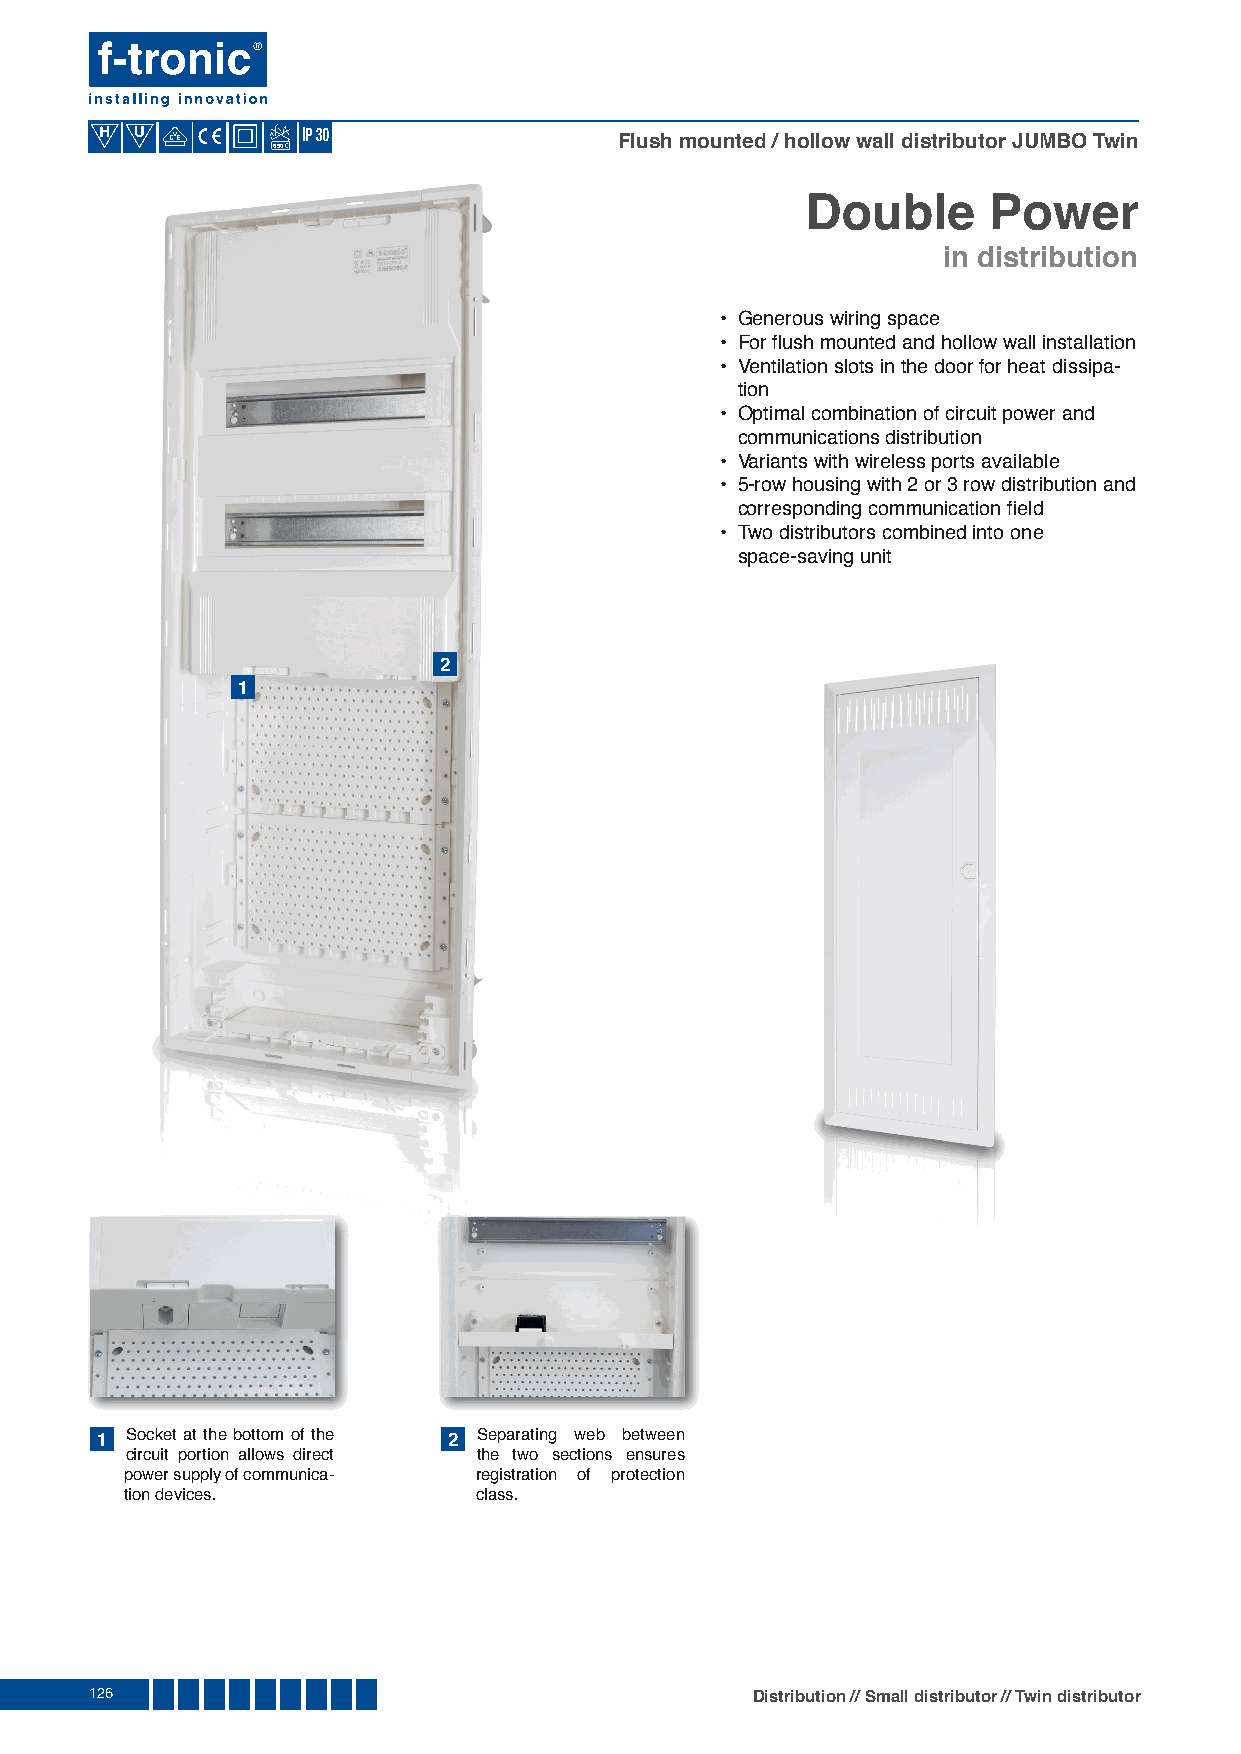
U
 Flush mounted / hollow wall distributor JUMBO Twin
 650
 Double      Power
 in distribution
 • Generous wiring space
 • For fl ush mounted and hollow wall installation
 • Ventilation slots in the door for heat dissipa-
 tion
 • Optimal combination of circuit power and
 communications distribution
 • Variants with wireless ports available
 • 5-row housing with 2 or 3 row distribution and
 corresponding communication fi eld
 • Two distributors combined into one
 space-saving unit
 2
 1
 1 Socket at the bottom of the 2 Separating web between
 circuit portion allows direct the two sections ensures
 power supply of communica- registration of protection
 tion devices.          class.
 126                                         Distribution // Small distributor // Twin distributor